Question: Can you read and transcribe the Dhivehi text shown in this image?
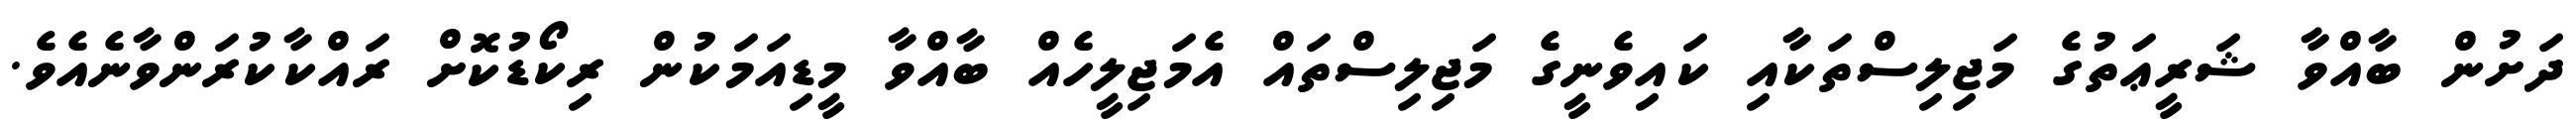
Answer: ދަށުން ބާއްވާ ޝަރީޢަތުގެ މަޖިލިސްތަކާއި ކައިވެނީގެ މަޖިލިސްތައް އެމަޖިލީހެއް ބާއްވާ މީޑިއަމަކުން ރިކޯޑުކޮށް ރައްކާކުރަންވާނެއެވެ.